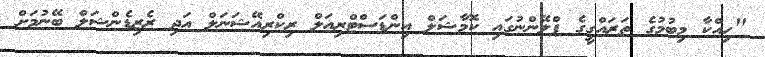
"ހިއްކާ މިބުމުގެ ތަރައްގީގެ ޕްލޭންނުގައި ކޮމާޝަލް އިންޑަސްޓްރިއަލް ރިކްރިއޭޝަނަލް އަދި ރެޒިޑެންޝަލް ބޭނުމަށް